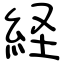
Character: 経